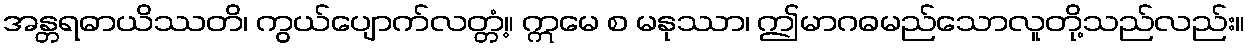
အန္တရဓာယိဿတိ၊ ကွယ်ပျောက်လတ္တံ့။ ဣမေ စ မနုဿာ၊ ဤမာဂဓမည်သောလူတို့သည်လည်း။